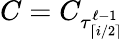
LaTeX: C=C_{\tau_{\lceil i/2\rceil}^{\ell-1}}